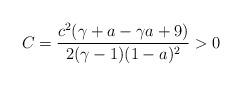
LaTeX: \begin{align*}C=\frac{c^{2}(\gamma+a-\gamma a+9)}{2(\gamma-1)(1-a)^{2}}>0\end{align*}